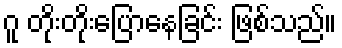
ဂူ တိုးတိုးပြောနေခြင်း ဖြစ်သည်။